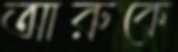
আরুকে